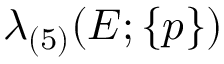
\lambda _ { ( 5 ) } ( E ; \{ p \} )